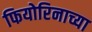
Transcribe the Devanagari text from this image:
फियोरिनाच्या